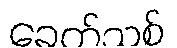
ခေတ်သစ်